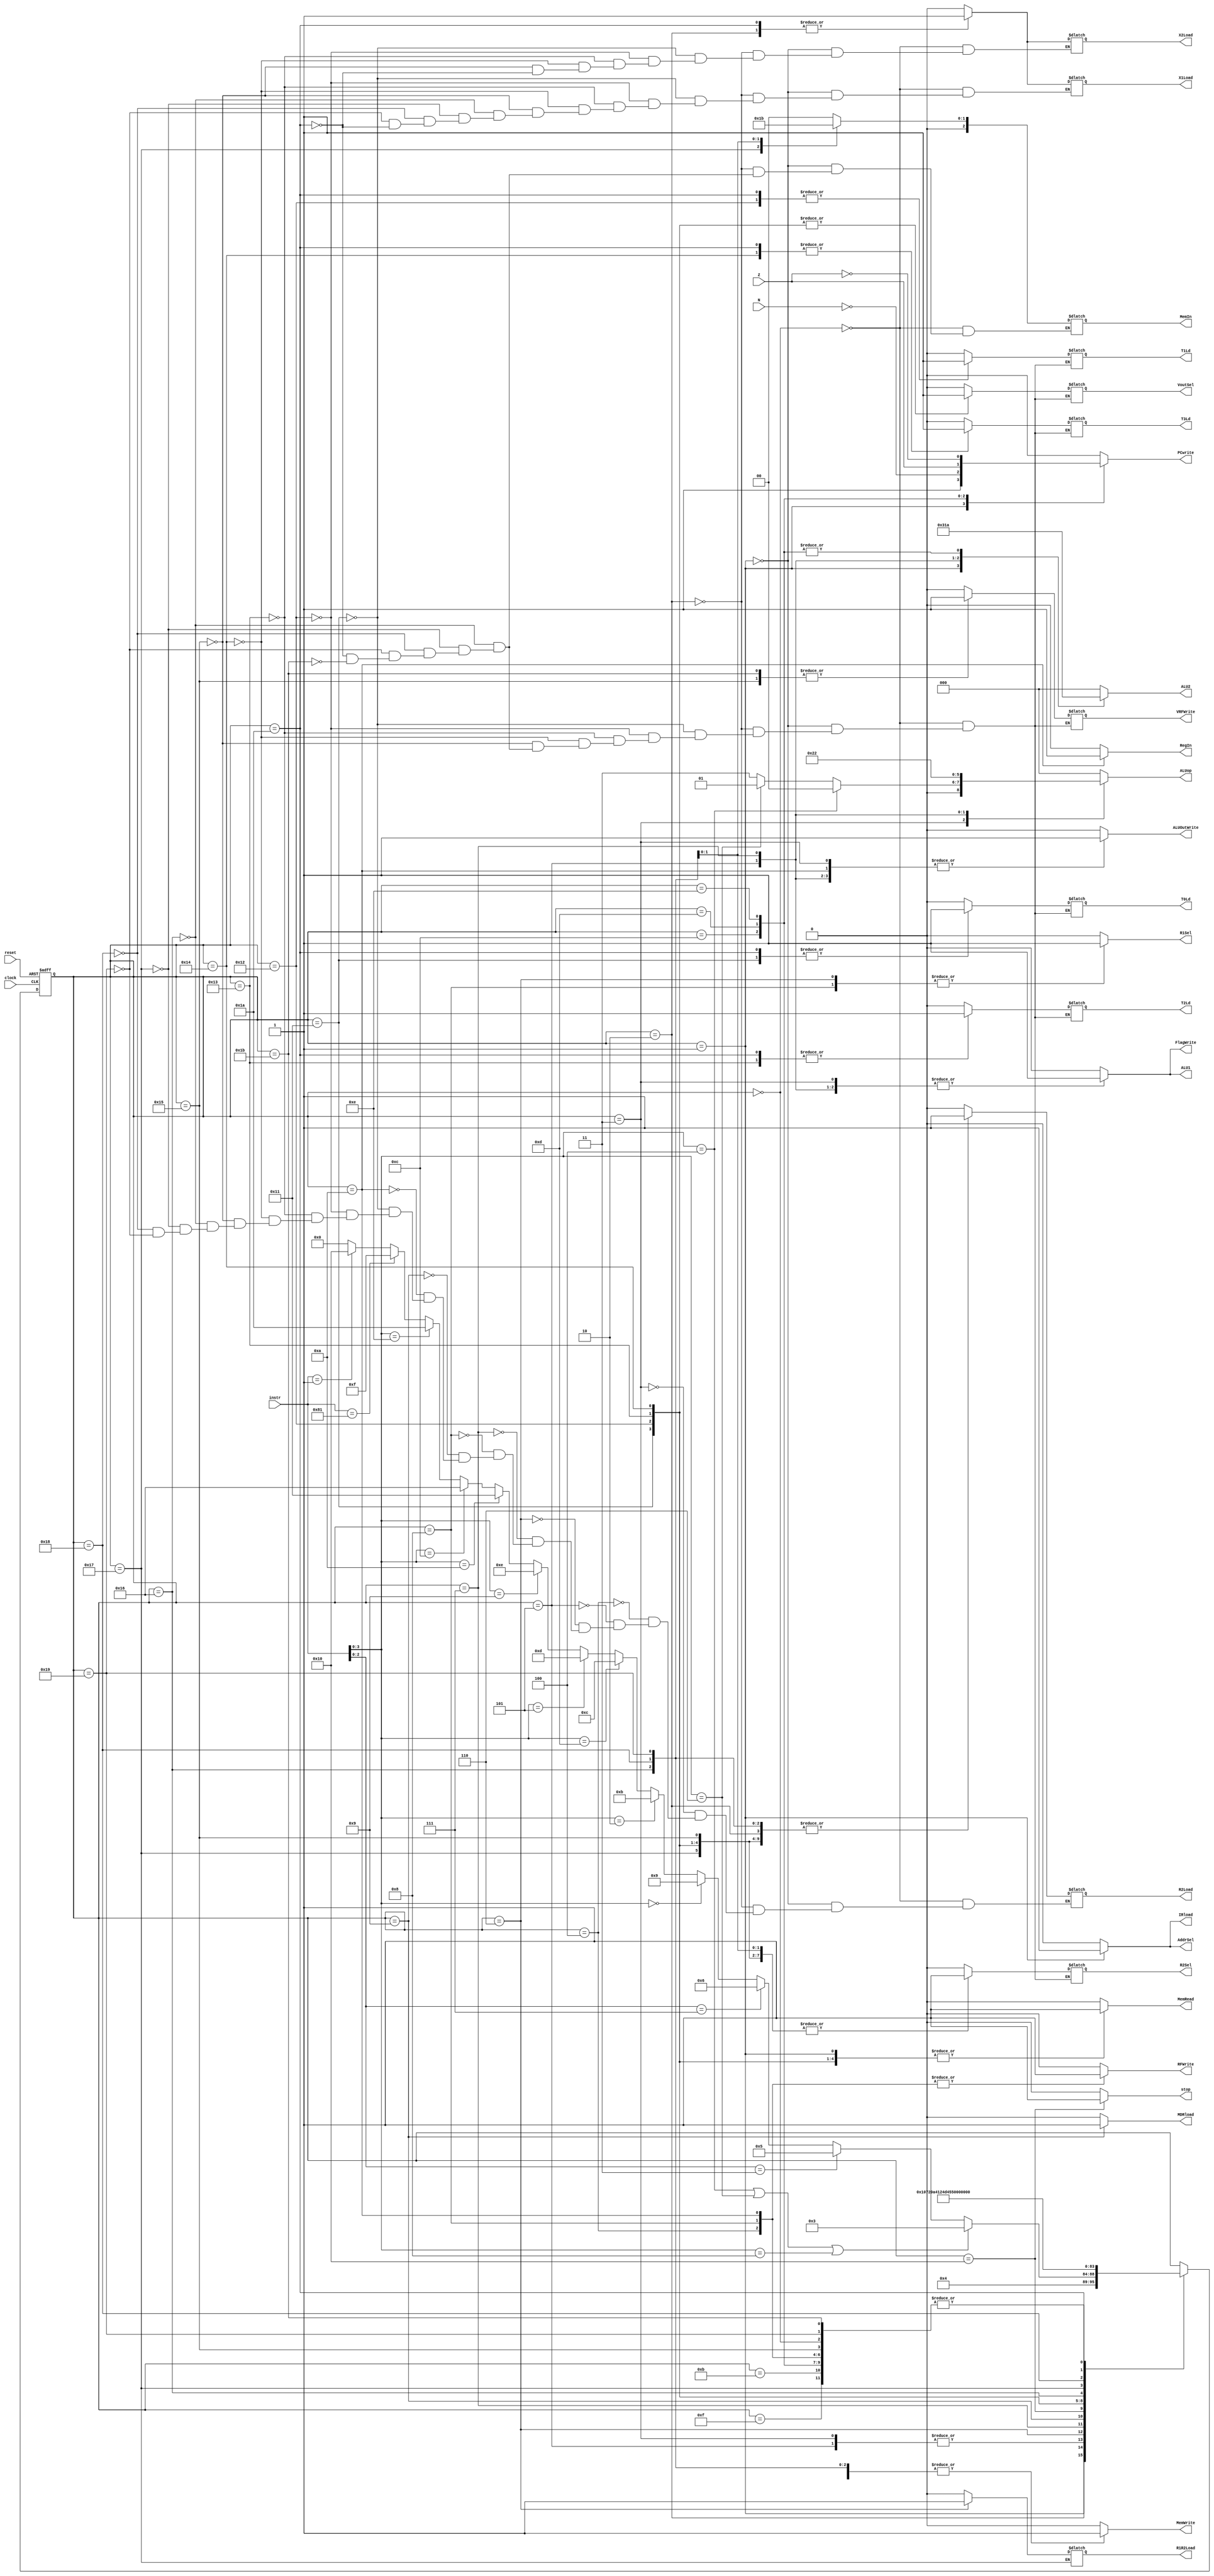
// ---------------------------------------------------------------------
// Copyright (c) 2007 by University of Toronto ECE 243 development team 
// ---------------------------------------------------------------------
//
// Major Functions:	control processor's datapath
// 
// Input(s):	1. instr: input is used to determine states
//				2. N: if branches, input is used to determine if
//					  negative condition is true
//				3. Z: if branches, input is used to determine if 
//					  zero condition is true
//
// Output(s):	control signals
//
//				** More detail can be found on the course note under
//				   "Multi-Cycle Implementation: The Control Unit"
//
// ---------------------------------------------------------------------

module FSM
(
reset, instr, clock,
N, Z,
PCwrite, AddrSel, MemRead,
MemWrite, IRload, R1Sel, MDRload,
R1R2Load, R2Load, ALU1, ALU2, ALUop,
ALUOutWrite, RFWrite, RegIn, FlagWrite, stop,
VRFWrite, MemIn, R2Sel, X1Load, X2Load, VoutSel, T0Ld, T1Ld, T2Ld, T3Ld
);
	input	[7:0] instr;
	input	N, Z;
	input	reset, clock;
	output	PCwrite, AddrSel, MemRead, MemWrite, IRload, R1Sel, MDRload, R2Sel, VoutSel, X1Load, X2Load;
	output  T0Ld,T1Ld,T2Ld, T3Ld;
	output	R1R2Load, R2Load, ALU1, ALUOutWrite, RFWrite,VRFWrite, RegIn, FlagWrite;
	output	[2:0] ALU2, ALUop, MemIn;
	output reg stop;
	//output	[3:0] state;
	
	reg [5:0]	state;
	reg	PCwrite, AddrSel, MemRead, MemWrite, IRload, R1Sel, MDRload;
	reg	R1R2Load, R2Load, ALU1, ALUOutWrite, RFWrite, RegIn, FlagWrite, VRFWrite;
	reg R2Sel, VoutSel, T0Ld, T1Ld, T2Ld, T3Ld, X1Load, X2Load;
	reg	[2:0] ALU2, ALUop, MemIn;
	
	
	// state constants (note: asn = add/sub/nand, asnsh = add/sub/nand/shift)
	parameter [5:0] reset_s = 0, c1 = 1, c2 = 2, c3_asn = 3,
					c4_asnsh = 4, c3_shift = 5, c3_ori = 6,
					c4_ori = 7, c5_ori = 8, c3_load = 9, c4_load = 10,
					c3_store = 11, c3_bpz = 12, c3_bz = 13, c3_bnz = 14, c3_nop = 15, c3_stop = 16, 
					c3_vload = 17 , c4_vload = 18, c5_vload = 19, c6_vload = 20, c7_vload = 21, 
					c3_vstore = 22, c4_vstore=23, c5_vstore=24, c6_vstore=25,
					c3_vadd = 26, c4_vadd=27
					;
	
	// determines the next state based upon the current state; supports
	// asynchronous reset
	always @(posedge clock or posedge reset)
	begin
		if (reset) state = reset_s;
		else
		begin
			case(state)
				reset_s:	state = c1; 		// reset state
				c1:			state = c2; 		// cycle 1
				c2:			begin				// cycle 2
								if(instr[3:0] == 4'b0100 | instr[3:0] == 4'b0110 | instr[3:0] == 4'b1000) state = c3_asn;
								else if( instr[2:0] == 3'b011 ) state = c3_shift;
								else if( instr[2:0] == 3'b111 ) state = c3_ori;
								else if( instr[3:0] == 4'b0000 ) state = c3_load;
								else if( instr[3:0] == 4'b0010 ) state = c3_store;
								else if( instr[3:0] == 4'b1101 ) state = c3_bpz;
								else if( instr[3:0] == 4'b0101 ) state = c3_bz;
								else if( instr[3:0] == 4'b1001 ) state = c3_bnz;
								else if( instr[3:0] == 4'b1010 ) state = c3_vload;
								else if( instr[3:0] == 4'b1100 ) state = c3_vstore;
								else if( instr[3:0] == 4'b1110 ) state = c3_vadd;
								else if( instr == 8'b10000001 ) state = c3_nop;
								else if( instr == 8'b00000001 ) state = c3_stop;
								else state = 0;
							end
				c3_asn:		state = c4_asnsh;	// cycle 3: ADD SUB NAND
				c4_asnsh:	state = c1;			// cycle 4: ADD SUB NAND/SHIFT
				c3_shift:	state = c4_asnsh;	// cycle 3: SHIFT
				c3_ori:		state = c4_ori;		// cycle 3: ORI
				c4_ori:		state = c5_ori;		// cycle 4: ORI
				c5_ori:		state = c1;			// cycle 5: ORI
				c3_load:	state = c4_load;	// cycle 3: LOAD
				c4_load:	state = c1; 		// cycle 4: LOAD
				c3_store:	state = c1; 		// cycle 3: STORE
				c3_bpz:		state = c1; 		// cycle 3: BPZ
				c3_bz:		state = c1; 		// cycle 3: BZ
				c3_bnz:		state = c1; 		// cycle 3: BNZ
				c3_nop:     state = c1;			// cycle 3: NOP
				c3_stop:    state = c3_stop;    // cycle 3: STOP
				
				c3_vload:      state = c4_vload;         //cycle 3: vload
				c4_vload: state = c5_vload;
				c5_vload: state = c6_vload;
				c6_vload: state = c7_vload;
				c7_vload: state = c1;
				//c8_vload: state = c9_vload;
				//c9_vload: state = c1;
				
				c3_vstore:      state = c4_vstore;         //cycle 3: vstore
				c4_vstore: state = c5_vstore;
				c5_vstore: state = c6_vstore;
				c6_vstore: state = c1;
				//c7_vstore: state = c1;
				//c8_vstore: state = c9_vstore;
				//c9_vstore: state = c1;
				
				c3_vadd:  state = c4_vadd;                  //vadd
				c4_vadd:  state = c1;
				//c5_vadd:  state = c1;
				//c6_vadd:  state = c7_vadd;
				//c7_vadd:  state = c8_vadd;
				//c8_vadd:  state = c1;
				
			
			endcase
		end
	end

	// sets the control sequences based upon the current state and instruction
	always @(*)
	begin
		case (state)
			reset_s:	//control = 19'b0000000000000000000;
				begin
					PCwrite = 0;
					AddrSel = 0;
					MemRead = 0;
					MemWrite = 0;
					IRload = 0;
					R1Sel = 0;
					MDRload = 0;
					R1R2Load = 0;
					ALU1 = 0;
					ALU2 = 3'b000;
					ALUop = 3'b000;
					ALUOutWrite = 0;
					RFWrite = 0;
					RegIn = 0;
					FlagWrite = 0;
					stop = 0;
					
					R2Load=0;
					X1Load=0;
					X2Load=0;
					R2Sel=0;
					VoutSel=0;
					T0Ld = 0;
					VRFWrite=0;
					T1Ld =0;
					T2Ld=0;
					T3Ld=0;
					R1R2Load=0;
					MemIn = 3'b000;
				end					
			c1: 		//control = 19'b1110100000010000000;
				begin
					PCwrite = 1;
					AddrSel = 1;
					MemRead = 1;
					MemWrite = 0;
					IRload = 1;
					R1Sel = 0;
					MDRload = 0;
					R1R2Load = 0;
					ALU1 = 0;
					ALU2 = 3'b001;
					ALUop = 3'b000;
					ALUOutWrite = 0;
					RFWrite = 0;
					RegIn = 0;
					FlagWrite = 0;
					stop = 0;
					
					R2Load=0;
					X1Load=0;
					X2Load=0;
					R2Sel=0;
					VoutSel=0;
					T0Ld = 0;
					VRFWrite=0;
					T1Ld =0;
					T2Ld=0;
					T3Ld=0;
					R2Load=0;
					MemIn = 3'b000;
				end	
			c2: 		//control = 19'b0000000100000000000;
				begin
					PCwrite = 0;
					AddrSel = 0;
					MemRead = 0;
					MemWrite = 0;
					IRload = 0;
					R1Sel = 0;
					MDRload = 0;
					R1R2Load = 1;
					ALU1 = 0;
					ALU2 = 3'b000;
					ALUop = 3'b000;
					ALUOutWrite = 0;
					RFWrite = 0;
					RegIn = 0;
					FlagWrite = 0;
					stop = 0;
					
					R2Load=1;
					X1Load=1;
					X2Load=1;
					R2Sel=0;
					VoutSel=0;
					T0Ld = 0;
					VRFWrite=0;
					T1Ld =0;
					T2Ld=0;
					T3Ld=0;
					R1R2Load=0;
					MemIn = 3'b000;
				end
			c3_asn:		begin
							if ( instr[3:0] == 4'b0100 ) 		// add
								//control = 19'b0000000010000001001;
							begin
								PCwrite = 0;
								AddrSel = 0;
								MemRead = 0;
								MemWrite = 0;
								IRload = 0;
								R1Sel = 0;
								MDRload = 0;
								R1R2Load = 0;
								ALU1 = 1;
								ALU2 = 3'b000;
								ALUop = 3'b000;
								ALUOutWrite = 1;
								RFWrite = 0;
								RegIn = 0;
								FlagWrite = 1;
								stop = 0;
								R2Load=0;
							end	
							else if ( instr[3:0] == 4'b0110 ) 	// sub
								//control = 19'b0000000010000011001;
							begin
								PCwrite = 0;
								AddrSel = 0;
								MemRead = 0;
								MemWrite = 0;
								IRload = 0;
								R1Sel = 0;
								MDRload = 0;
								R1R2Load = 0;
								ALU1 = 1;
								ALU2 = 3'b000;
								ALUop = 3'b001;
								ALUOutWrite = 1;
								RFWrite = 0;
								RegIn = 0;
								FlagWrite = 1;
								stop = 0;
								R2Load=0;
							end
							else 							// nand
								//control = 19'b0000000010000111001;
							begin
								PCwrite = 0;
								AddrSel = 0;
								MemRead = 0;
								MemWrite = 0;
								IRload = 0;
								R1Sel = 0;
								MDRload = 0;
								R1R2Load = 0;
								ALU1 = 1;
								ALU2 = 3'b000;
								ALUop = 3'b011;
								ALUOutWrite = 1;
								RFWrite = 0;
								RegIn = 0;
								FlagWrite = 1;
								stop = 0;
								R2Load=0;
							end
				   		end
			c4_asnsh: 	//control = 19'b0000000000000000100;
				begin
					PCwrite = 0;
					AddrSel = 0;
					MemRead = 0;
					MemWrite = 0;
					IRload = 0;
					R1Sel = 0;
					MDRload = 0;
					R1R2Load = 0;
					ALU1 = 0;
					ALU2 = 3'b000;
					ALUop = 3'b000;
					ALUOutWrite = 0;
					RFWrite = 1;
					RegIn = 0;
					FlagWrite = 0;
					stop = 0;
					R2Load=0;
				end
			c3_shift: 	//control = 19'b0000000011001001001;
				begin
					PCwrite = 0;
					AddrSel = 0;
					MemRead = 0;
					MemWrite = 0;
					IRload = 0;
					R1Sel = 0;
					MDRload = 0;
					R1R2Load = 0;
					ALU1 = 1;
					ALU2 = 3'b100;
					ALUop = 3'b100;
					ALUOutWrite = 1;
					RFWrite = 0;
					RegIn = 0;
					FlagWrite = 1;
					stop = 0;
					R2Load=0;
				end
			c3_ori: 	//control = 19'b0000010100000000000;
				begin
					PCwrite = 0;
					AddrSel = 0;
					MemRead = 0;
					MemWrite = 0;
					IRload = 0;
					R1Sel = 1;
					MDRload = 0;
					R1R2Load = 1;
					ALU1 = 0;
					ALU2 = 3'b000;
					ALUop = 3'b000;
					ALUOutWrite = 0;
					RFWrite = 0;
					RegIn = 0;
					FlagWrite = 0;
					stop = 0;
					R2Load=0;
				end
			c4_ori: 	//control = 19'b0000000010110101001;
				begin
					PCwrite = 0;
					AddrSel = 0;
					MemRead = 0;
					MemWrite = 0;
					IRload = 0;
					R1Sel = 0;
					MDRload = 0;
					R1R2Load = 0;
					ALU1 = 1;
					ALU2 = 3'b011;
					ALUop = 3'b010;
					ALUOutWrite = 1;
					RFWrite = 0;
					RegIn = 0;
					FlagWrite = 1;
					stop = 0;
					R2Load=0;
				end
			c5_ori: 	//control = 19'b0000010000000000100;
				begin
					PCwrite = 0;
					AddrSel = 0;
					MemRead = 0;
					MemWrite = 0;
					IRload = 0;
					R1Sel = 1;
					MDRload = 0;
					R1R2Load = 0;
					ALU1 = 0;
					ALU2 = 3'b000;
					ALUop = 3'b000;
					ALUOutWrite = 0;
					RFWrite = 1;
					RegIn = 0;
					FlagWrite = 0;
					stop = 0;
					R2Load=0;
				end
			c3_load: 	//control = 19'b0010001000000000000;
				begin
					PCwrite = 0;
					AddrSel = 0;
					MemRead = 1;
					MemWrite = 0;
					IRload = 0;
					R1Sel = 0;
					MDRload = 1;
					R1R2Load = 0;
					ALU1 = 0;
					ALU2 = 3'b000;
					ALUop = 3'b000;
					ALUOutWrite = 0;
					RFWrite = 0;
					RegIn = 0;
					FlagWrite = 0;
					stop = 0;
					R2Load=0;
				end
			c4_load: 	//control = 19'b0000000000000001110;
				begin
					PCwrite = 0;
					AddrSel = 0;
					MemRead = 0;
					MemWrite = 0;
					IRload = 0;
					R1Sel = 0;
					MDRload = 0;
					R1R2Load = 0;
					ALU1 = 0;
					ALU2 = 3'b000;
					ALUop = 3'b000;
					ALUOutWrite = 1;
					RFWrite = 1;
					RegIn = 1;
					FlagWrite = 0;
					stop = 0;
					R2Load=0;
				end
			c3_store: 	//control = 19'b0001000000000000000;
				begin
					PCwrite = 0;
					AddrSel = 0;
					MemRead = 0;
					MemWrite = 1;
					IRload = 0;
					R1Sel = 0;
					MDRload = 0;
					R1R2Load = 0;
					ALU1 = 0;
					ALU2 = 3'b000;
					ALUop = 3'b000;
					ALUOutWrite = 0;
					RFWrite = 0;
					RegIn = 0;
					FlagWrite = 0;
					stop = 0;
				end
			c3_bpz: 	//control = {~N,18'b000000000100000000};
				begin
					PCwrite = ~N;
					AddrSel = 0;
					MemRead = 0;
					MemWrite = 0;
					IRload = 0;
					R1Sel = 0;
					MDRload = 0;
					R1R2Load = 0;
					ALU1 = 0;
					ALU2 = 3'b010;
					ALUop = 3'b000;
					ALUOutWrite = 0;
					RFWrite = 0;
					RegIn = 0;
					FlagWrite = 0;
					stop = 0;
				end
			c3_bz: 		//control = {Z,18'b000000000100000000};
				begin
					PCwrite = Z;
					AddrSel = 0;
					MemRead = 0;
					MemWrite = 0;
					IRload = 0;
					R1Sel = 0;
					MDRload = 0;
					R1R2Load = 0;
					ALU1 = 0;
					ALU2 = 3'b010;
					ALUop = 3'b000;
					ALUOutWrite = 0;
					RFWrite = 0;
					RegIn = 0;
					FlagWrite = 0;
					stop = 0;
				end
			c3_bnz: 	//control = {~Z,18'b000000000100000000};
				begin
					PCwrite = ~Z;
					AddrSel = 0;
					MemRead = 0;
					MemWrite = 0;
					IRload = 0;
					R1Sel = 0;
					MDRload = 0;
					R1R2Load = 0;
					ALU1 = 0;
					ALU2 = 3'b010;
					ALUop = 3'b000;
					ALUOutWrite = 0;
					RFWrite = 0;
					RegIn = 0;
					FlagWrite = 0;
					stop = 0;
				end
				
			c3_nop: 	//control = {19'b000000000000000000};
				begin
					PCwrite = 0;
					AddrSel = 0;
					MemRead = 0;
					MemWrite = 0;
					IRload = 0;
					R1Sel = 0;
					MDRload = 0;
					R1R2Load = 0;
					ALU1 = 0;
					ALU2 = 3'b000;
					ALUop = 3'b000;
					ALUOutWrite = 0;
					RFWrite = 0;
					RegIn = 0;
					FlagWrite = 0;
					stop = 0;
				end
				
			c3_stop: 	//control = {20'b0000000000000000001};
				begin
					PCwrite = 0;
					AddrSel = 0;
					MemRead = 0;
					MemWrite = 0;
					IRload = 0;
					R1Sel = 0;
					MDRload = 0;
					R1R2Load = 0;
					ALU1 = 0;
					ALU2 = 3'b000;
					ALUop = 3'b000;
					ALUOutWrite = 0;
					RFWrite = 0;
					RegIn = 0;
					FlagWrite = 0;
					stop = 1;
				end
				
//*********************************START OF VLOAD************************				
			c3_vload: 	//VLOAD
				begin
					PCwrite = 0;
					AddrSel = 0;
					MemRead = 1;
					MemWrite = 0;
					IRload = 0;
					R1Sel = 0;
					MDRload = 0;
					R1R2Load = 0;
					ALU1 = 0;
					ALU2 = 3'b000;
					ALUop = 3'b000;
					ALUOutWrite = 0;
					RFWrite = 0;
					RegIn = 0;
					FlagWrite = 0;
					stop = 0;
					
					X1Load = 0;
					X2Load = 0;
					R2Sel=1;
					VoutSel=1;
					T0Ld = 1;
					VRFWrite=0;
					T1Ld =0;
					T2Ld=0;
					T3Ld=0;
					R2Load=1;
				end
				
				
			c4_vload: 	//VLOAD
				begin
					PCwrite = 0;
					AddrSel = 0;
					MemRead = 1;
					MemWrite = 0;
					IRload = 0;
					R1Sel = 0;
					MDRload = 0;
					R1R2Load = 0;
					ALU1 = 0;
					ALU2 = 3'b000;
					ALUop = 3'b000;
					ALUOutWrite = 0;
					RFWrite = 0;
					RegIn = 0;
					FlagWrite = 0;
					stop = 0;
					
					X1Load = 0;
					X2Load = 0;
					R2Sel=1;
					VoutSel=1;
					T0Ld = 0;
					VRFWrite=0;
					T1Ld =1;
					T2Ld=0;
					T3Ld=0;
					R2Load=1;
				end
				
			c5_vload: 	//VLOAD
				begin
					PCwrite = 0;
					AddrSel = 0;
					MemRead = 1;
					MemWrite = 0;
					IRload = 0;
					R1Sel = 0;
					MDRload = 0;
					R1R2Load = 0;
					ALU1 = 0;
					ALU2 = 3'b000;
					ALUop = 3'b000;
					ALUOutWrite = 0;
					RFWrite = 0;
					RegIn = 0;
					FlagWrite = 0;
					stop = 0;
					
					X1Load = 0;
					X2Load = 0;
					R2Sel=1;
					VoutSel=1;
					T0Ld = 0;
					VRFWrite=0;
					T1Ld =0;
					T2Ld=1;
					T3Ld=0;
					R2Load=1;
				end
				
			c6_vload: 	//VLOAD
				begin
					PCwrite = 0;
					AddrSel = 0;
					MemRead = 1;
					MemWrite = 0;
					IRload = 0;
					R1Sel = 0;
					MDRload = 0;
					R1R2Load = 0;
					ALU1 = 0;
					ALU2 = 3'b000;
					ALUop = 3'b000;
					ALUOutWrite = 0;
					RFWrite = 0;
					RegIn = 0;
					FlagWrite = 0;
					stop = 0;
					
					X1Load = 0;
					X2Load = 0;
					R2Sel=1;
					VoutSel=1;
					T0Ld = 0;
					VRFWrite=0;
					T1Ld =0;
					T2Ld=0;
					T3Ld=1;
					R2Load=1;
				end				
				
			c7_vload: 	//VLOAD
				begin
					PCwrite = 0;
					AddrSel = 0;
					MemRead = 0;
					MemWrite = 0;
					IRload = 0;
					R1Sel = 0;
					MDRload = 0;
					R1R2Load = 0;
					ALU1 = 0;
					ALU2 = 3'b000;
					ALUop = 3'b000;
					ALUOutWrite = 0;
					RFWrite = 0;
					RegIn = 0;
					FlagWrite = 0;
					stop = 0;
					
					X1Load = 0;
					X2Load = 0;
					R2Sel=1;
					VoutSel=0;
					T0Ld = 0;
					VRFWrite=1;
					T1Ld =0;
					T2Ld=0;
					T3Ld=0;
					R2Load=1;
				end	
//****************************END OF VLOAD*************************

//***************************START OF VSTORE***********************

			c3_vstore: 	//V
				begin
					PCwrite = 0;
					AddrSel = 0;
					MemRead = 0;
					MemWrite = 1;
					IRload = 0;
					R1Sel = 0;
					MDRload = 0;
					R1R2Load = 0;
					ALU1 = 0;
					ALU2 = 3'b000;
					ALUop = 3'b000;
					ALUOutWrite = 0;
					RFWrite = 0;
					RegIn = 0;
					FlagWrite = 0;
					stop = 0;
					
					X1Load=0;
					R2Sel=0;  //was 1
					VoutSel=0;
					T0Ld = 0;
					VRFWrite=0;
					T1Ld =0;
					T2Ld=0;
					T3Ld=0;
					R2Load=1;
					MemIn = 3'b000;
				end
				
				
			c4_vstore: 	//V
				begin
					PCwrite = 0;
					AddrSel = 0;
					MemRead = 0;
					MemWrite = 1;
					IRload = 0;
					R1Sel = 0;
					MDRload = 0;
					//R1R2Load = 0;
					ALU1 = 0;
					ALU2 = 3'b000;
					ALUop = 3'b000;
					ALUOutWrite = 0;
					RFWrite = 0;
					RegIn = 0;
					FlagWrite = 0;
					stop = 0;
					
					X1Load=0;
					R2Sel=1;
					VoutSel=0;
					T0Ld = 0;
					VRFWrite=0;
					T1Ld =0;
					T2Ld=0;
					T3Ld=0;
					R2Load=1;
					MemIn = 3'b001;
				end
				
			c5_vstore: 	//V
				begin
					PCwrite = 0;
					AddrSel = 0;
					MemRead = 0;
					MemWrite = 1;
					IRload = 0;
					R1Sel = 0;
					MDRload = 0;
					R1R2Load = 0;
					ALU1 = 0;
					ALU2 = 3'b000;
					ALUop = 3'b000;
					ALUOutWrite = 0;
					RFWrite = 0;
					RegIn = 0;
					FlagWrite = 0;
					stop = 0;
					
					X1Load=0;
					R2Sel=1;
					VoutSel=0;
					T0Ld = 0;
					VRFWrite=0;
					T1Ld =0;
					T2Ld=0;
					T3Ld=0;
					R2Load=1;
					MemIn = 3'b010;
				end
				
			c6_vstore: 	//V
				begin
					PCwrite = 0;
					AddrSel = 0;
					MemRead = 0;
					MemWrite = 1;
					IRload = 0;
					R1Sel = 0;
					MDRload = 0;
					R1R2Load = 0;
					ALU1 = 0;
					ALU2 = 3'b000;
					ALUop = 3'b000;
					ALUOutWrite = 0;
					RFWrite = 0;
					RegIn = 0;
					FlagWrite = 0;
					stop = 0;
					
					X1Load=0;
					R2Sel=1;
					VoutSel=0;
					T0Ld = 0;
					VRFWrite=0;
					T1Ld =0;
					T2Ld=0;
					T3Ld=0;
					R2Load=1;
					MemIn = 3'b011;
				end				
				







//*****************************END OF VSTORE***********************		

//*************************START OF VADD**************************

			c3_vadd: 	//VLOAD
				begin
					PCwrite = 0;
					AddrSel = 0;
					MemRead = 0;
					MemWrite = 0;
					IRload = 0;
					R1Sel = 0;
					MDRload = 0;
					R1R2Load = 0;
					ALU1 = 0;
					ALU2 = 3'b000;
					ALUop = 3'b000;
					ALUOutWrite = 0;
					RFWrite = 0;
					RegIn = 0;
					FlagWrite = 0;
					stop = 0;
					
					X1Load=1;
                    X2Load=1;
					R2Sel=0;
					VoutSel=0;
					T0Ld = 1;
					VRFWrite=0;
					T1Ld =1;
					T2Ld=1;
					T3Ld=1;
					R1R2Load=0;
					MemIn = 3'b000;
				end
				
				
			c4_vadd: 	//V
				begin
					PCwrite = 0;
					AddrSel = 0;
					MemRead = 0;
					MemWrite = 0;
					IRload = 0;
					R1Sel = 0;
					MDRload = 0;
					R1R2Load = 0;
					ALU1 = 0;
					ALU2 = 3'b000;
					ALUop = 3'b000;
					ALUOutWrite = 0;
					RFWrite = 0;
					RegIn = 0;
					FlagWrite = 0;
					stop = 0;
					
					R2Sel=0;
					VoutSel=0;
					T0Ld = 0;
					VRFWrite=1;
					T1Ld =0;
					T2Ld=0;
					T3Ld=0;
					R1R2Load=0;
					MemIn = 3'b000;
				end
				

//*********************** END OF VADD**************************		
				
			default:	//control = 19'b0000000000000000000;
				begin
					PCwrite = 0;
					AddrSel = 0;
					MemRead = 0;
					MemWrite = 0;
					IRload = 0;
					R1Sel = 0;
					MDRload = 0;
					R1R2Load = 0;
					ALU1 = 0;
					ALU2 = 3'b000;
					ALUop = 3'b000;
					ALUOutWrite = 0;
					RFWrite = 0;
					RegIn = 0;
					FlagWrite = 0;
					stop = 0;
				end
		endcase
	end
	
endmodule